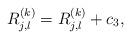
LaTeX: \begin{align*}R_{j,l}^{(k)}=R_{j,l}^{(k)} + c_3,\end{align*}